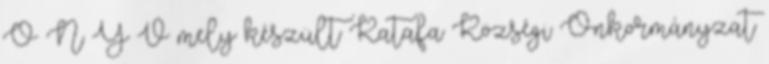
Ö N Y V mely készült Katafa Községi Önkormányzat